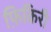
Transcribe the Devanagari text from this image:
फ़िकिरी